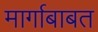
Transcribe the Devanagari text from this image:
मार्गाबाबत